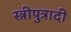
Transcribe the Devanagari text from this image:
स्त्रीपुत्रादी